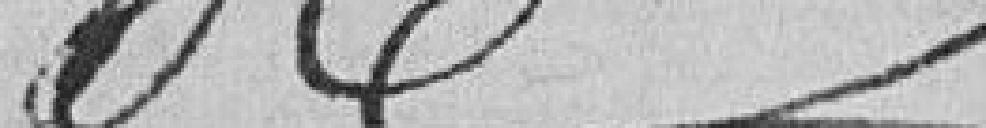
??